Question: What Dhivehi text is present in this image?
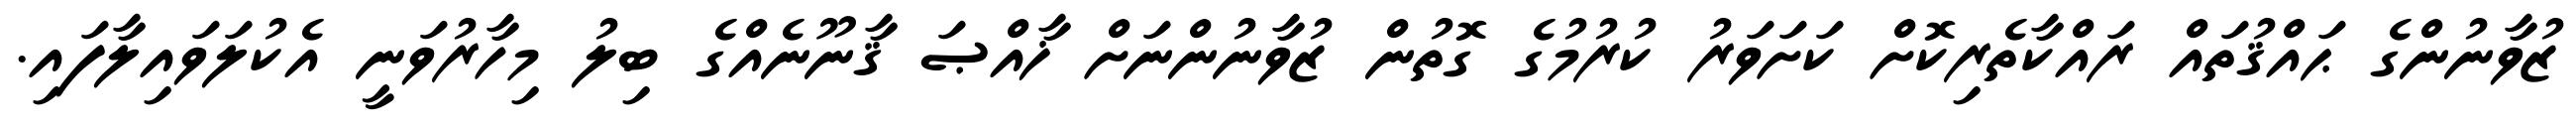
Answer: ޒުވާނުންގެ ޙައްޤުތައް ރައްކާތެރިކޮށް ކަށަވަރު ކުރުމުގެ ގޮތުން ޒުވާނުންނަށް ޚާއްޞަ ޤާނޫނެއްގެ ބިލު މިހާރުވަނީ އެކުލަވައިލާފައި.